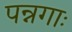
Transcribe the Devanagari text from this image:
पन्नगाः